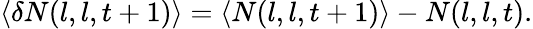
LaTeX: \langle\delta N(l,l,t+1)\rangle=\langle N(l,l,t+1)\rangle-N(l,l,t).